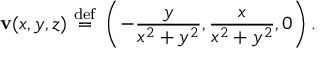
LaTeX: \mathbf { v } ( x , y , z ) ~ { \stackrel { \mathrm { d e f } } { = } } ~ \left( - { \frac { y } { x ^ { 2 } + y ^ { 2 } } } , { \frac { x } { x ^ { 2 } + y ^ { 2 } } } , 0 \right) .